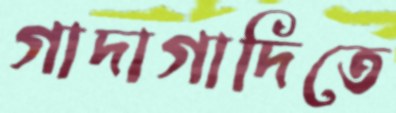
গাদাগাদিতে